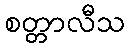
စတ္တာလီသ